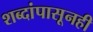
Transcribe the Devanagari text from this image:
शब्दांपासूनही